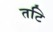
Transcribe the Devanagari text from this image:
तटि